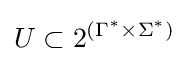
U\subset 2^{(\Gamma ^{*}\times \Sigma ^{*})}